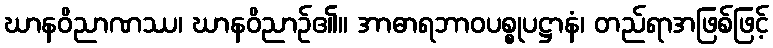
ဃာနဝိညာဏဿ၊ ဃာနဝိညာဉ်၏။ အာဓာရဘာဝပစ္စုပဋ္ဌာနံ၊ တည်ရာအဖြစ်ဖြင့်